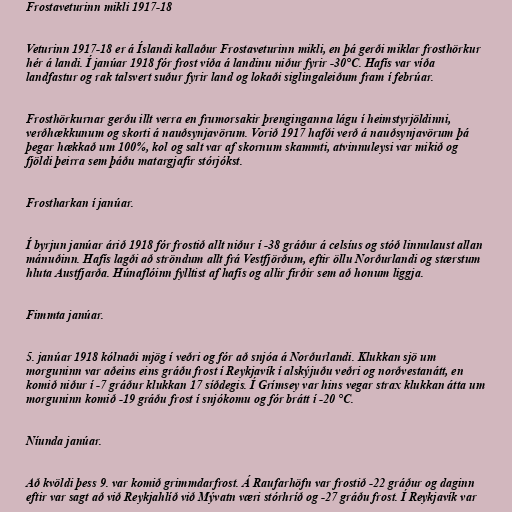
Frostaveturinn mikli 1917-18

Veturinn 1917-18 er á Íslandi kallaður Frostaveturinn mikli, en þá gerði miklar frosthörkur
hér á landi. Í janúar 1918 fór frost víða á landinu niður fyrir -30°C. Hafís var víða
landfastur og rak talsvert suður fyrir land og lokaði siglingaleiðum fram í febrúar.

Frosthörkurnar gerðu illt verra en frumorsakir þrenginganna lágu í heimstyrjöldinni,
verðhækkunum og skorti á nauðsynjavörum. Vorið 1917 hafði verð á nauðsynjavörum þá
þegar hækkað um 100%, kol og salt var af skornum skammti, atvinnuleysi var mikið og
fjöldi þeirra sem þáðu matargjafir stórjókst.

Frostharkan í janúar.

Í byrjun janúar árið 1918 fór frostið allt niður í -38 gráður á celsíus og stóð linnulaust allan
mánuðinn. Hafís lagði að ströndum allt frá Vestfjörðum, eftir öllu Norðurlandi og stærstum
hluta Austfjarða. Húnaflóinn fylltist af hafís og allir firðir sem að honum liggja.

Fimmta janúar.

5. janúar 1918 kólnaði mjög í veðri og fór að snjóa á Norðurlandi. Klukkan sjö um
morguninn var aðeins eins gráðu frost í Reykjavík í alskýjuðu veðri og norðvestanátt, en
komið niður í -7 gráður klukkan 17 síðdegis. Í Grímsey var hins vegar strax klukkan átta um
morguninn komið -19 gráðu frost í snjókomu og fór brátt í -20 °C.

Níunda janúar.

Að kvöldi þess 9. var komið grimmdarfrost. Á Raufarhöfn var frostið -22 gráður og daginn
eftir var sagt að við Reykjahlíð við Mývatn væri stórhríð og -27 gráðu frost. Í Reykjavík var